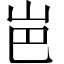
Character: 岜